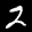
Label: 2